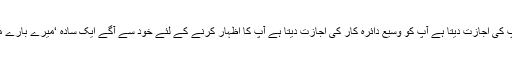
یہ آپ کی اجازت دیتا ہے آپ کو وسیع دائرہ کار کی اجازت دیتا ہے آپ کا اظہار کرنے کے لئے خود سے آگے ایک سادہ ‘میرے بارے میں’!